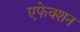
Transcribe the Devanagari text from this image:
एफेक्शन